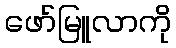
ဖော်မြူလာကို